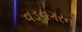
વડનગરનો